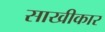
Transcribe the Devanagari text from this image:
साखीकार